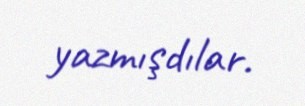
yazmışdılar.